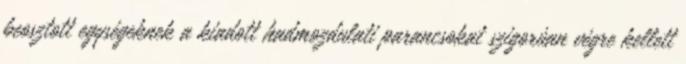
beosztott egységeknek a kiadott hadmozdulati parancsokat szigorúan végre kellett